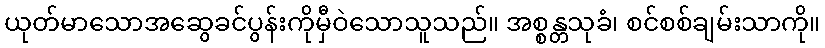
ယုတ်မာသောအဆွေခင်ပွန်းကိုမှီဝဲသောသူသည်။ အစ္စန္တသုခံ၊ စင်စစ်ချမ်းသာကို။